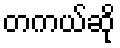
တကယ်ဆို